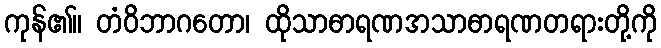
ကုန်၏။ တံဝိဘာဂတော၊ ထိုသာဓာရဏအသာဓာရဏတရားတို့ကို